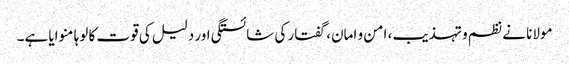
مولانا نے نظم و تہذیب، امن و امان، گفتار کی شائستگی اور دلیل کی قوت کا لوہا منوایا ہے۔